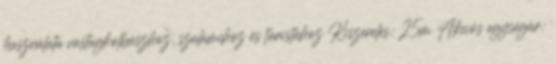
használata vastagkolbászhoz, szalámihoz és túristához Kiszerelés: 25m Akciós egységár: